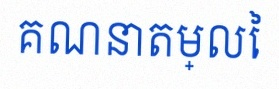
គណនាតម្លៃ